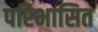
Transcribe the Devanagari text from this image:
परिभासित